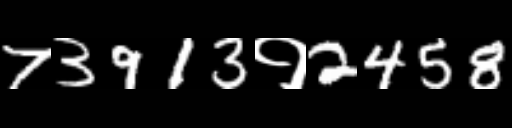
Text: 73913१2458